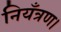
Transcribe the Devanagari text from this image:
नियँत्रण।